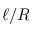
\ell / R